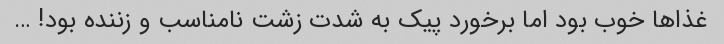
غذاها خوب بود اما برخورد پیک به شدت زشت نامناسب و زننده بود! …